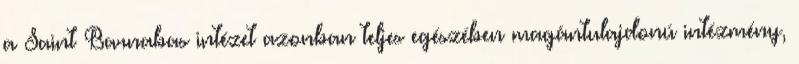
a Saint Barnabas intézet azonban teljes egészében magántulajdonú intézmény,